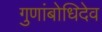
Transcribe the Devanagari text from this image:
गुणांबोधिदेव